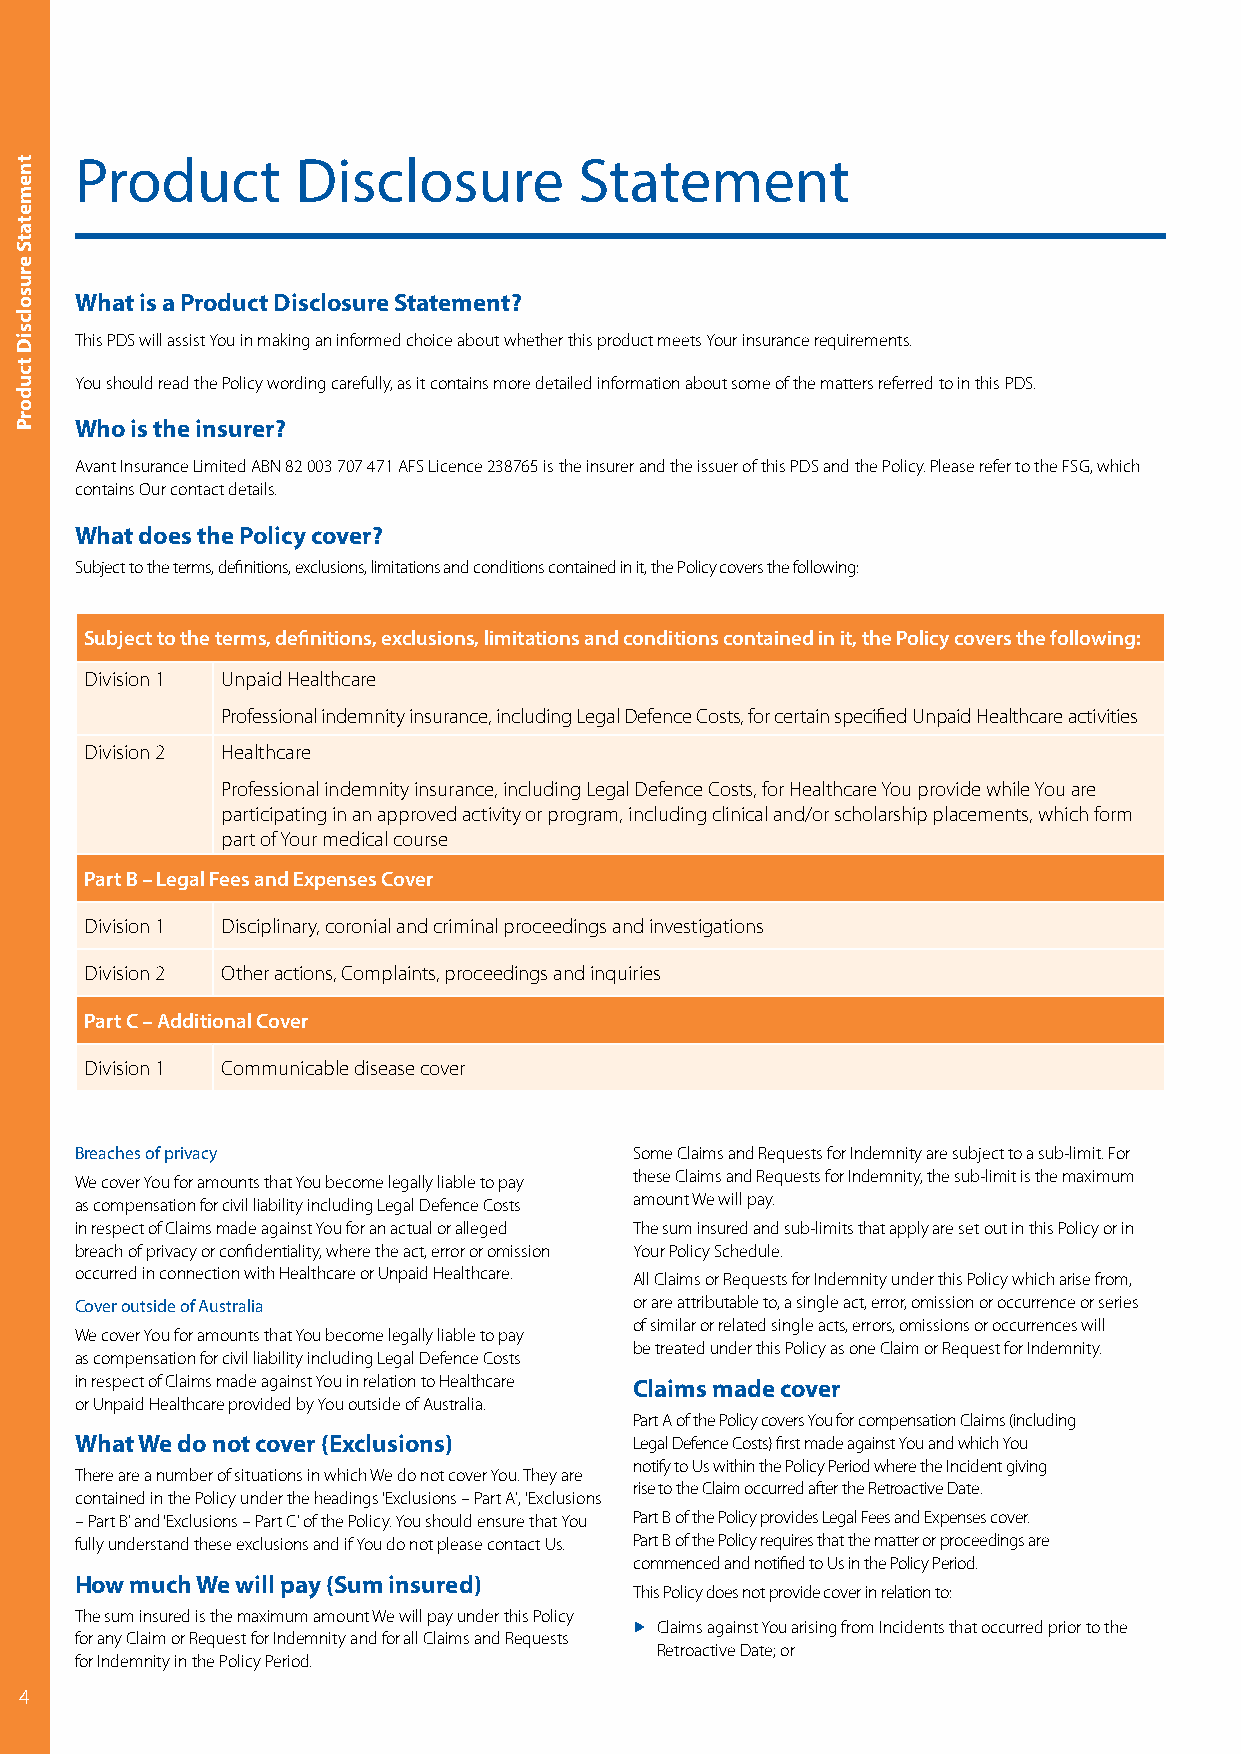
Product        Disclosure        Statement
 What is a Product Disclosure Statement?
 This PDS will assist You in making an informed choice about whether this product meets Your insurance requirements.
 You should read the Policy wording carefully, as it contains more detailed information about some of the matters referred to in this PDS.
 Who is the insurer?
 Avant Insurance Limited ABN 82 003 707 471 AFS Licence 238765 is the insurer and the issuer of this PDS and the Policy. Please refer to the FSG, which
 contains Our contact details.
 What does the Policy cover?
 Subject to the terms, definitions, exclusions, limitations and conditions contained in it, the Policy covers the following:
 Subject to the terms, definitions, exclusions, limitations and conditions contained in it, the Policy covers the following:
 Division 1 Unpaid Healthcare
 Professional indemnity insurance, including Legal Defence Costs, for certain specified Unpaid Healthcare activities
 Division 2 Healthcare
 Professional indemnity insurance, including Legal Defence Costs, for Healthcare You provide while You are
 participating in an approved activity or program, including clinical and/or scholarship placements, which form
 part of Your medical course
 Part B – Legal Fees and Expenses Cover
 Division 1 Disciplinary, coronial and criminal proceedings and investigations
 Division 2 Other actions, Complaints, proceedings and inquiries
 Part C – Additional Cover
 Division 1 Communicable disease cover
 Breaches of privacy                  Some Claims and Requests for Indemnity are subject to a sub-limit. For
 We cover You for amounts that You become legally liable to pay these Claims and Requests for Indemnity, the sub-limit is the maximum
 as compensation for civil liability including Legal Defence Costs amount We will pay.
 in respect of Claims made against You for an actual or alleged The sum insured and sub-limits that apply are set out in this Policy or in
 breach of privacy or confidentiality, where the act, error or omission Your Policy Schedule.
 occurred in connection with Healthcare or Unpaid Healthcare. All Claims or Requests for Indemnity under this Policy which arise from,
 Cover outside of Australia           or are attributable to, a single act, error, omission or occurrence or series
 of similar or related single acts, errors, omissions or occurrences will
 We cover You for amounts that You become legally liable to pay
 be treated under this Policy as one Claim or Request for Indemnity.
 as compensation for civil liability including Legal Defence Costs
 in respect of Claims made against You in relation to Healthcare Claims made cover
 or Unpaid Healthcare provided by You outside of Australia.
 Part A of the Policy covers You for compensation Claims (including
 What We do not cover (Exclusions)    Legal Defence Costs) first made against You and which You
 notify to Us within the Policy Period where the Incident giving
 There are a number of situations in which We do not cover You. They are
 rise to the Claim occurred after the Retroactive Date.
 contained in the Policy under the headings ‘Exclusions – Part A’, ‘Exclusions
 – Part B’ and ‘Exclusions – Part C’ of the Policy. You should ensure that You Part B of the Policy provides Legal Fees and Expenses cover.
 fully understand these exclusions and if You do not please contact Us. Part B of the Policy requires that the matter or proceedings are
 commenced and notified to Us in the Policy Period.
 How much We will pay (Sum insured)
 This Policy does not provide cover in relation to:
 The sum insured is the maximum amount We will pay under this Policy
 ▶ Claims against You arising from Incidents that occurred prior to the
 for any Claim or Request for Indemnity and for all Claims and Requests
 Retroactive Date; or
 for Indemnity in the Policy Period.
 4
 tnemetatS
 erusolcsiD
 tcudorP